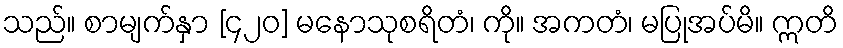
သည်။ စာမျက်နှာ [၄၂၀] မနောသုစရိတံ၊ ကို။ အကတံ၊ မပြုအပ်မိ။ ဣတိ